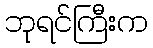
ဘုရင်ကြီးက